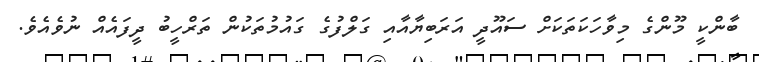
ބާންކީ މޫންގެ މިވާހަކަތަކަށް ސައޫދީ އަރަބިޔާއާއި ގަލްފުގެ ގައުމުތަކުން ތަރްހީބު ދީފައެއް ނުވެއެވެ.